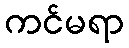
ကင်မရာ